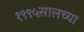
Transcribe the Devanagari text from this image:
१९९५सालच्या